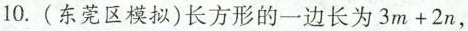
10.(东莞区模拟)长方形的一边长为$$3 m + 2 n$$，